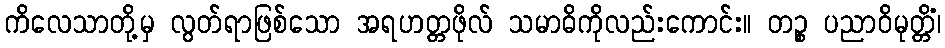
ကိလေသာတို့မှ လွတ်ရာဖြစ်သော အရဟတ္တဖိုလ် သမာဓိကိုလည်းကောင်း။ တဉ္စ ပညာဝိမုတ္တိံ၊